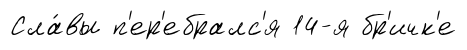
Сла́вы п'ер'ебралс'я 14-я бр'ичк'е